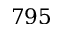
7 9 5